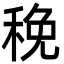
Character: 䅋